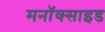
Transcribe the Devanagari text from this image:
मनॉक्साइड